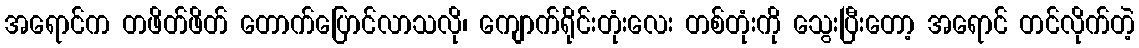
အရောင်က တဖိတ်ဖိတ် တောက်ပြောင်လာသလို၊ ကျောက်ရိုင်းတုံးလေး တစ်တုံးကို သွေးပြီးတော့ အရောင် တင်လိုက်တဲ့